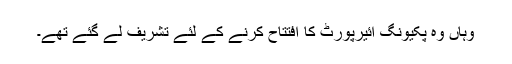
وہاں وہ پکیونگ ائیرپورٹ کا افتتاح کرنے کے لئے تشریف لے گئے تھے۔